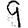
Digit: 9